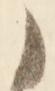
御